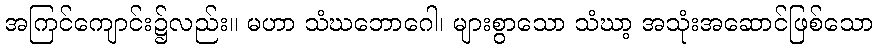
အကြင်ကျောင်း၌လည်း။ မဟာ သံဃဘောဂေါ၊ များစွာသော သံဃာ့ အသုံးအဆောင်ဖြစ်သော